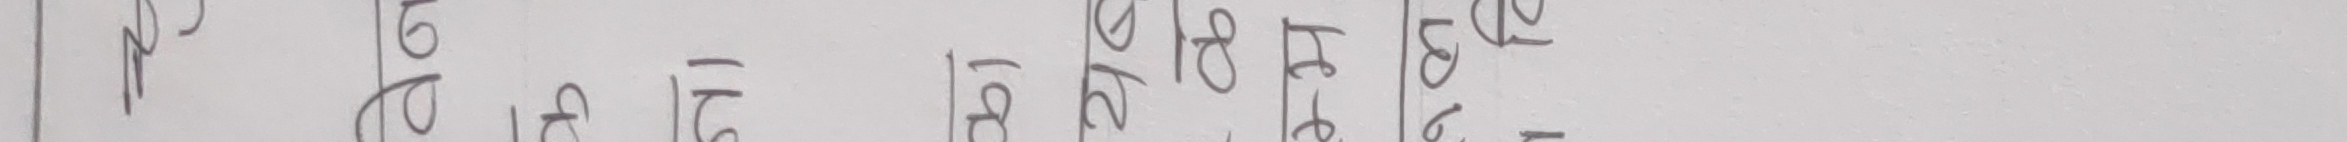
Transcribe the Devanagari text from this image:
१
२
३
४
५
६
७
८
९
१०
११
१२